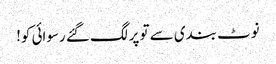
نوٹ بندی سے تو پر لگ گئے رسوائی کو!